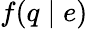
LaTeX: f(q\mid e)